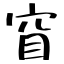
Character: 窅